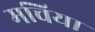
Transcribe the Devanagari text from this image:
मचिया